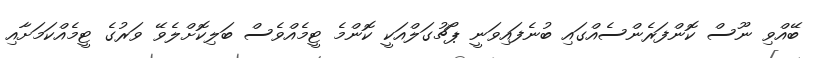
ބޭއްވި ނޫސް ކޮންފަރެންސެއްގައި ބުނެފައިވަނީ ޕޯޗުގަލްއަކީ ކޮންމެ ޓީމެއްވެސް ބަލިކޮށްލެވޭ ވަރުގެ ޓީމެއްކަމަށާއި